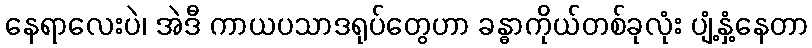
နေရာလေးပဲ၊ အဲဒီ ကာယပသာဒရုပ်တွေဟာ ခန္ဓာကိုယ်တစ်ခုလုံး ပျံ့နှံ့နေတာ